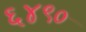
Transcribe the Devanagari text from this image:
६४९०